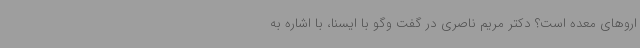
اروهای معده است؟ دکتر مریم ناصری در گفت وگو با ایسنا، با اشاره به